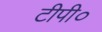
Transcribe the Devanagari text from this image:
टीपी०